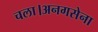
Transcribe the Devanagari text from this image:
चला।अनगसेना